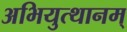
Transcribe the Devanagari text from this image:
अभियुत्थानम्